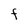
Character: f